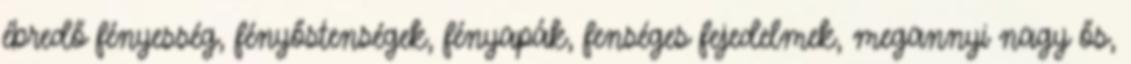
ébredő fényesség, fényőstenségek, fényapák, fenséges fejedelmek, megannyi nagy ős,